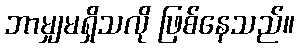
ဘာမျှမရှိသလို ဖြစ်နေသည်။